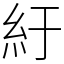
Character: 紆